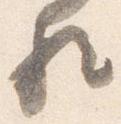
歟